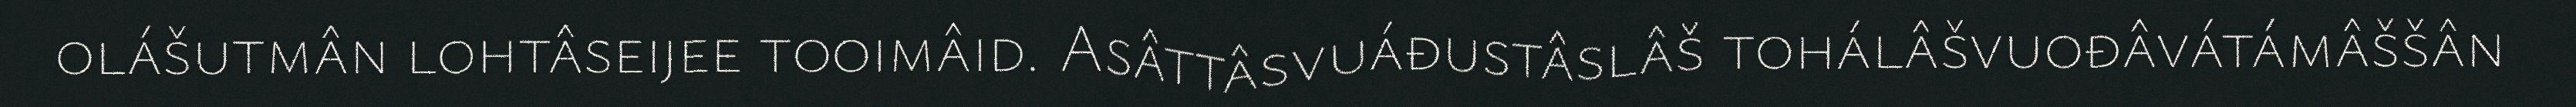
olášutmân lohtâseijee tooimâid. Asâttâsvuáđustâslâš tohálâšvuođâvátámâššân